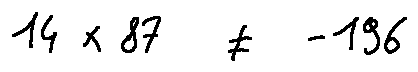
1 4 \times 8 7 \neq - 1 9 6